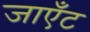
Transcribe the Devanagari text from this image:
जाएँट